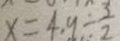
x = 4 . 9 \div \frac { 3 } { 2 }